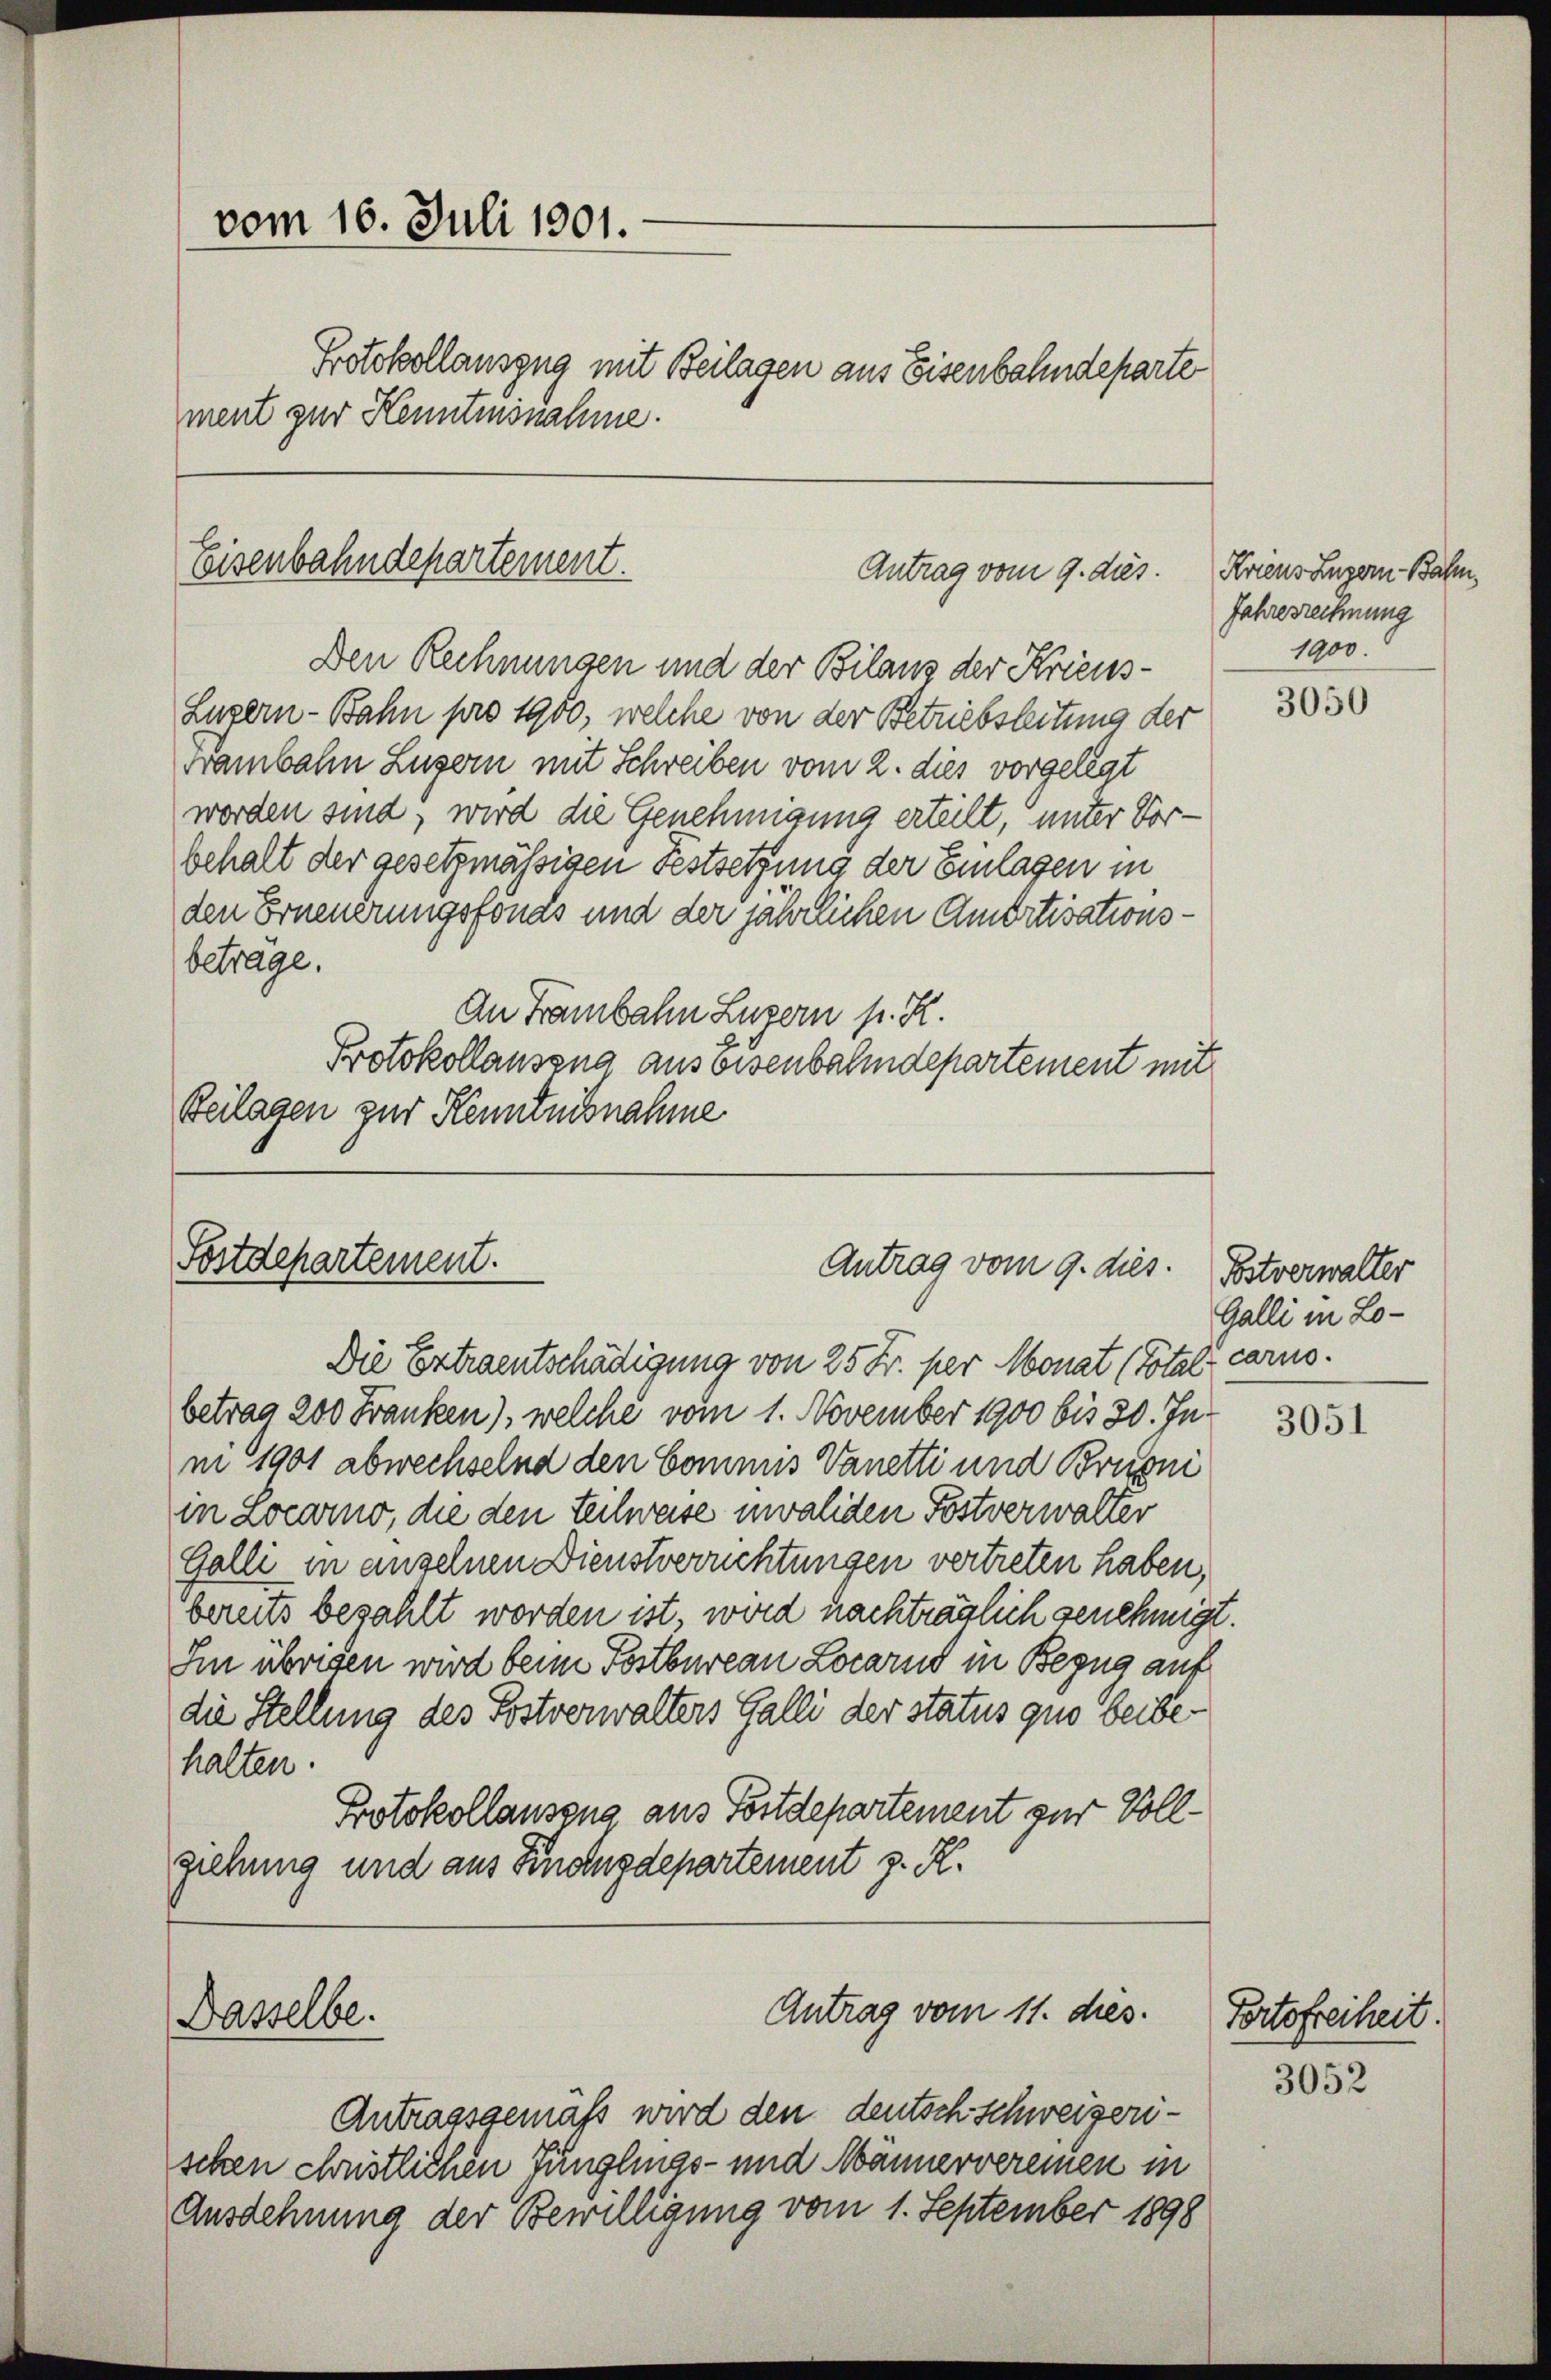
vom 16. Juli 1901.
Protokollauszug mit Beilagen aus Eisenbahndeparte
ment zur Kenntnisnahme.

Eisenbahndepartement.
Antrag vom 9. dies.

Den Rechnungen und der Bilans der Kriens¬
Lugern - Bahn pro 1900, welche von der Betriebsleitung der
Frambahn Luzern mit Schreiben vom 2. dies vorgelegt
worden sind, wird die Genehmigung erteilt, unter Vorbehalt der gesetzmässigen Festsetzung der Einlagen in
den Erneuerungsfonds und der jährlichen Amortisationsbeträge.
An Franbahn Luzern p. R.
Protokollausena aus bisenbahndepartement mit
Beilagen zur Kenntnißnahme

Fostdepartement.

Dasselbe.

Antrag vom 9. dies

Antrag vom 11. des

Die Ertraentschädigung von 25 Fr. per Monat (Total carno.
betrag 200 Franken), welche vom 1. November 1900 bis 30. Inni 1901 abwechselnd den Commis Vanetti und Brusni
maocarno, die den Teilweise invaliden Postverwalter
Galli in angelnen Dienstverrichtungen vertreten haben,
bereits bezahlt worden ist, wird nachträglich genehmigt.
Im übrigen wird beim Festbureau Locarnd in Bezug auf
die Stellung des Postverwalters Galli der status quo beibehalten.
Protokollauszug aus Postdepartement zur Vollgiehung und aus Finanzdepartement z. R.

Antragsgemäß wird den deutsch schweizerischen christlichen Jünglings- und Männervereinen in
Ausdehnung der Bewilligung vom 1. September 1898

Kriens Luzern Bahn,
Jahresrechnung
1900.

3050

Betverwalter
Galli in Lo¬

3051

Portofreiheit.

3052